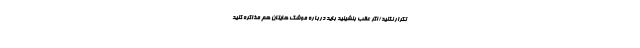
تکرار نکنید/اگر عقب بنشینید باید درباره موشک هایتان هم مذاکره کنید